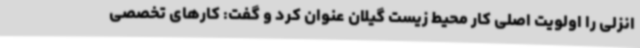
انزلی را اولویت اصلی کار محیط زیست گیلان عنوان کرد و گفت: کارهای تخصصی